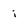
Character: i